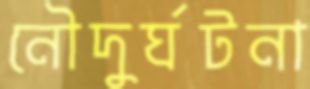
নৌদুর্ঘটনা